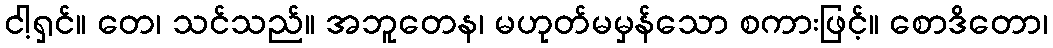
ငါ့ရှင်။ တေ၊ သင်သည်။ အဘူတေန၊ မဟုတ်မမှန်သော စကားဖြင့်။ စောဒိတော၊